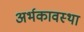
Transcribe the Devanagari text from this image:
अर्भकावस्था